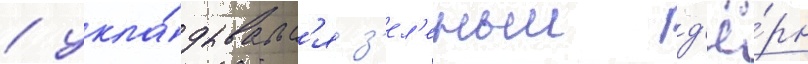
/ укла́дывалс'я з'ел'еныи д'ё́рн